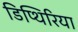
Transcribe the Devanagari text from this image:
डिप्थिरिया